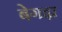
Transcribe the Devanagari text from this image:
बेगढ़ा